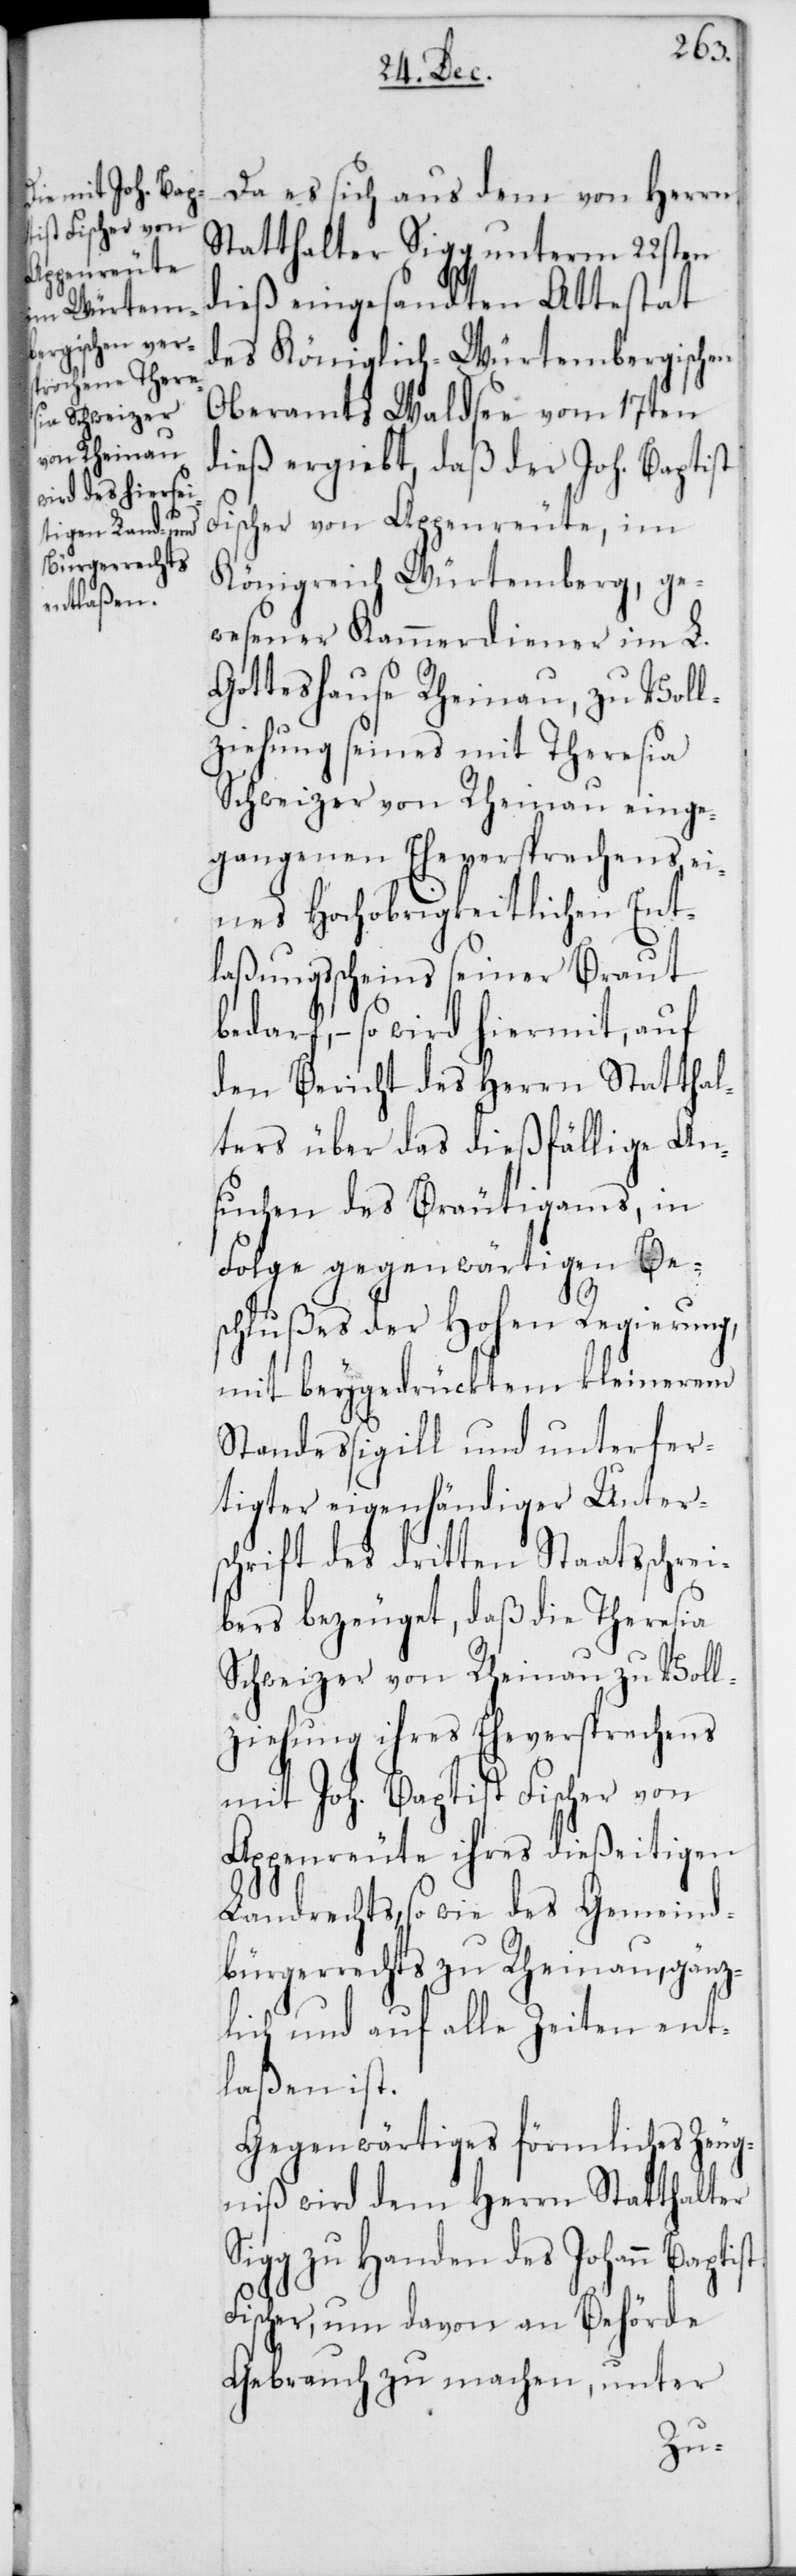
Da es sich aus dem von Herrn
Statthalter Sigg unterm 22sten
dieß eingesandten Attestat
des Königlich-Würtembergischen
Oberamts Waldsee vom 17ten
dieß ergiebt, daß der Joh. Baptist
Fischer von Appenreute, im
Königreich Würtemberg, ge¬
wesener Kammerdiener im L.
Gotteshause Rheinau, zu Voll¬
ziehung seines mit Theresia
Schweizer von Rheinau einge¬
gangenen Eheversprechens, ei¬
nes Hochobrigkeitlichen Ent¬
laßungsscheins seiner Braut
bedarf, – so wird hiermit, auf
den Bericht des Herrn Statthal¬
ters über das dießfällige An¬
suchen des Bräutigams, in
Folge gegenwärtigen Be¬
schlußes der Hohen Regierung,
mit beygedrücktem kleinerem
Standessigill und unterfer¬
tigter eigenhändiger Unters¬
chrift des dritten Staatsschrei¬
bers bezeuget, daß die Theresia
Schweizer von Rheinau zu Voll¬
ziehung ihres Eheversprechens
mit Joh. Baptist Fischer von
Appenreute ihres dießeitigen
Landrechts, so wie des Gemeind¬
bürgerrechts zu Rheinau, gänz¬
lich und auf alle Zeiten ent¬
laßen ist.
Gegenwärtiges förmliches Zeug¬
niß wird dem Herrn Statthalter
Sigg zu Handen des Johann Baptist
Fischer, um davon an Behörde
Gebrauch zu machen, unter